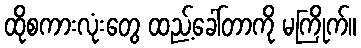
ထိုစကားလုံးတွေ ထည့်ခေါ်တာကို မကြိုက်။